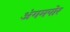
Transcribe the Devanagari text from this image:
अंगमपोर